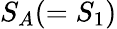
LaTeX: S_{A}(=S_{1})